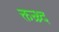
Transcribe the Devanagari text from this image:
क्तन्र्थ्र्द